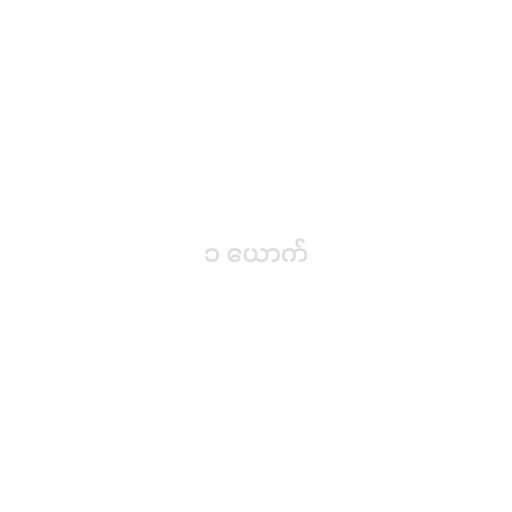
၁ ယောက်